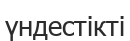
үндестікті